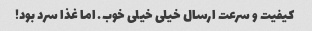
کیفیت و سرعت ارسال خیلی خیلی خوب. اما غذا سرد بود!